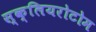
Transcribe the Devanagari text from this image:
स्क्लियरोटोम